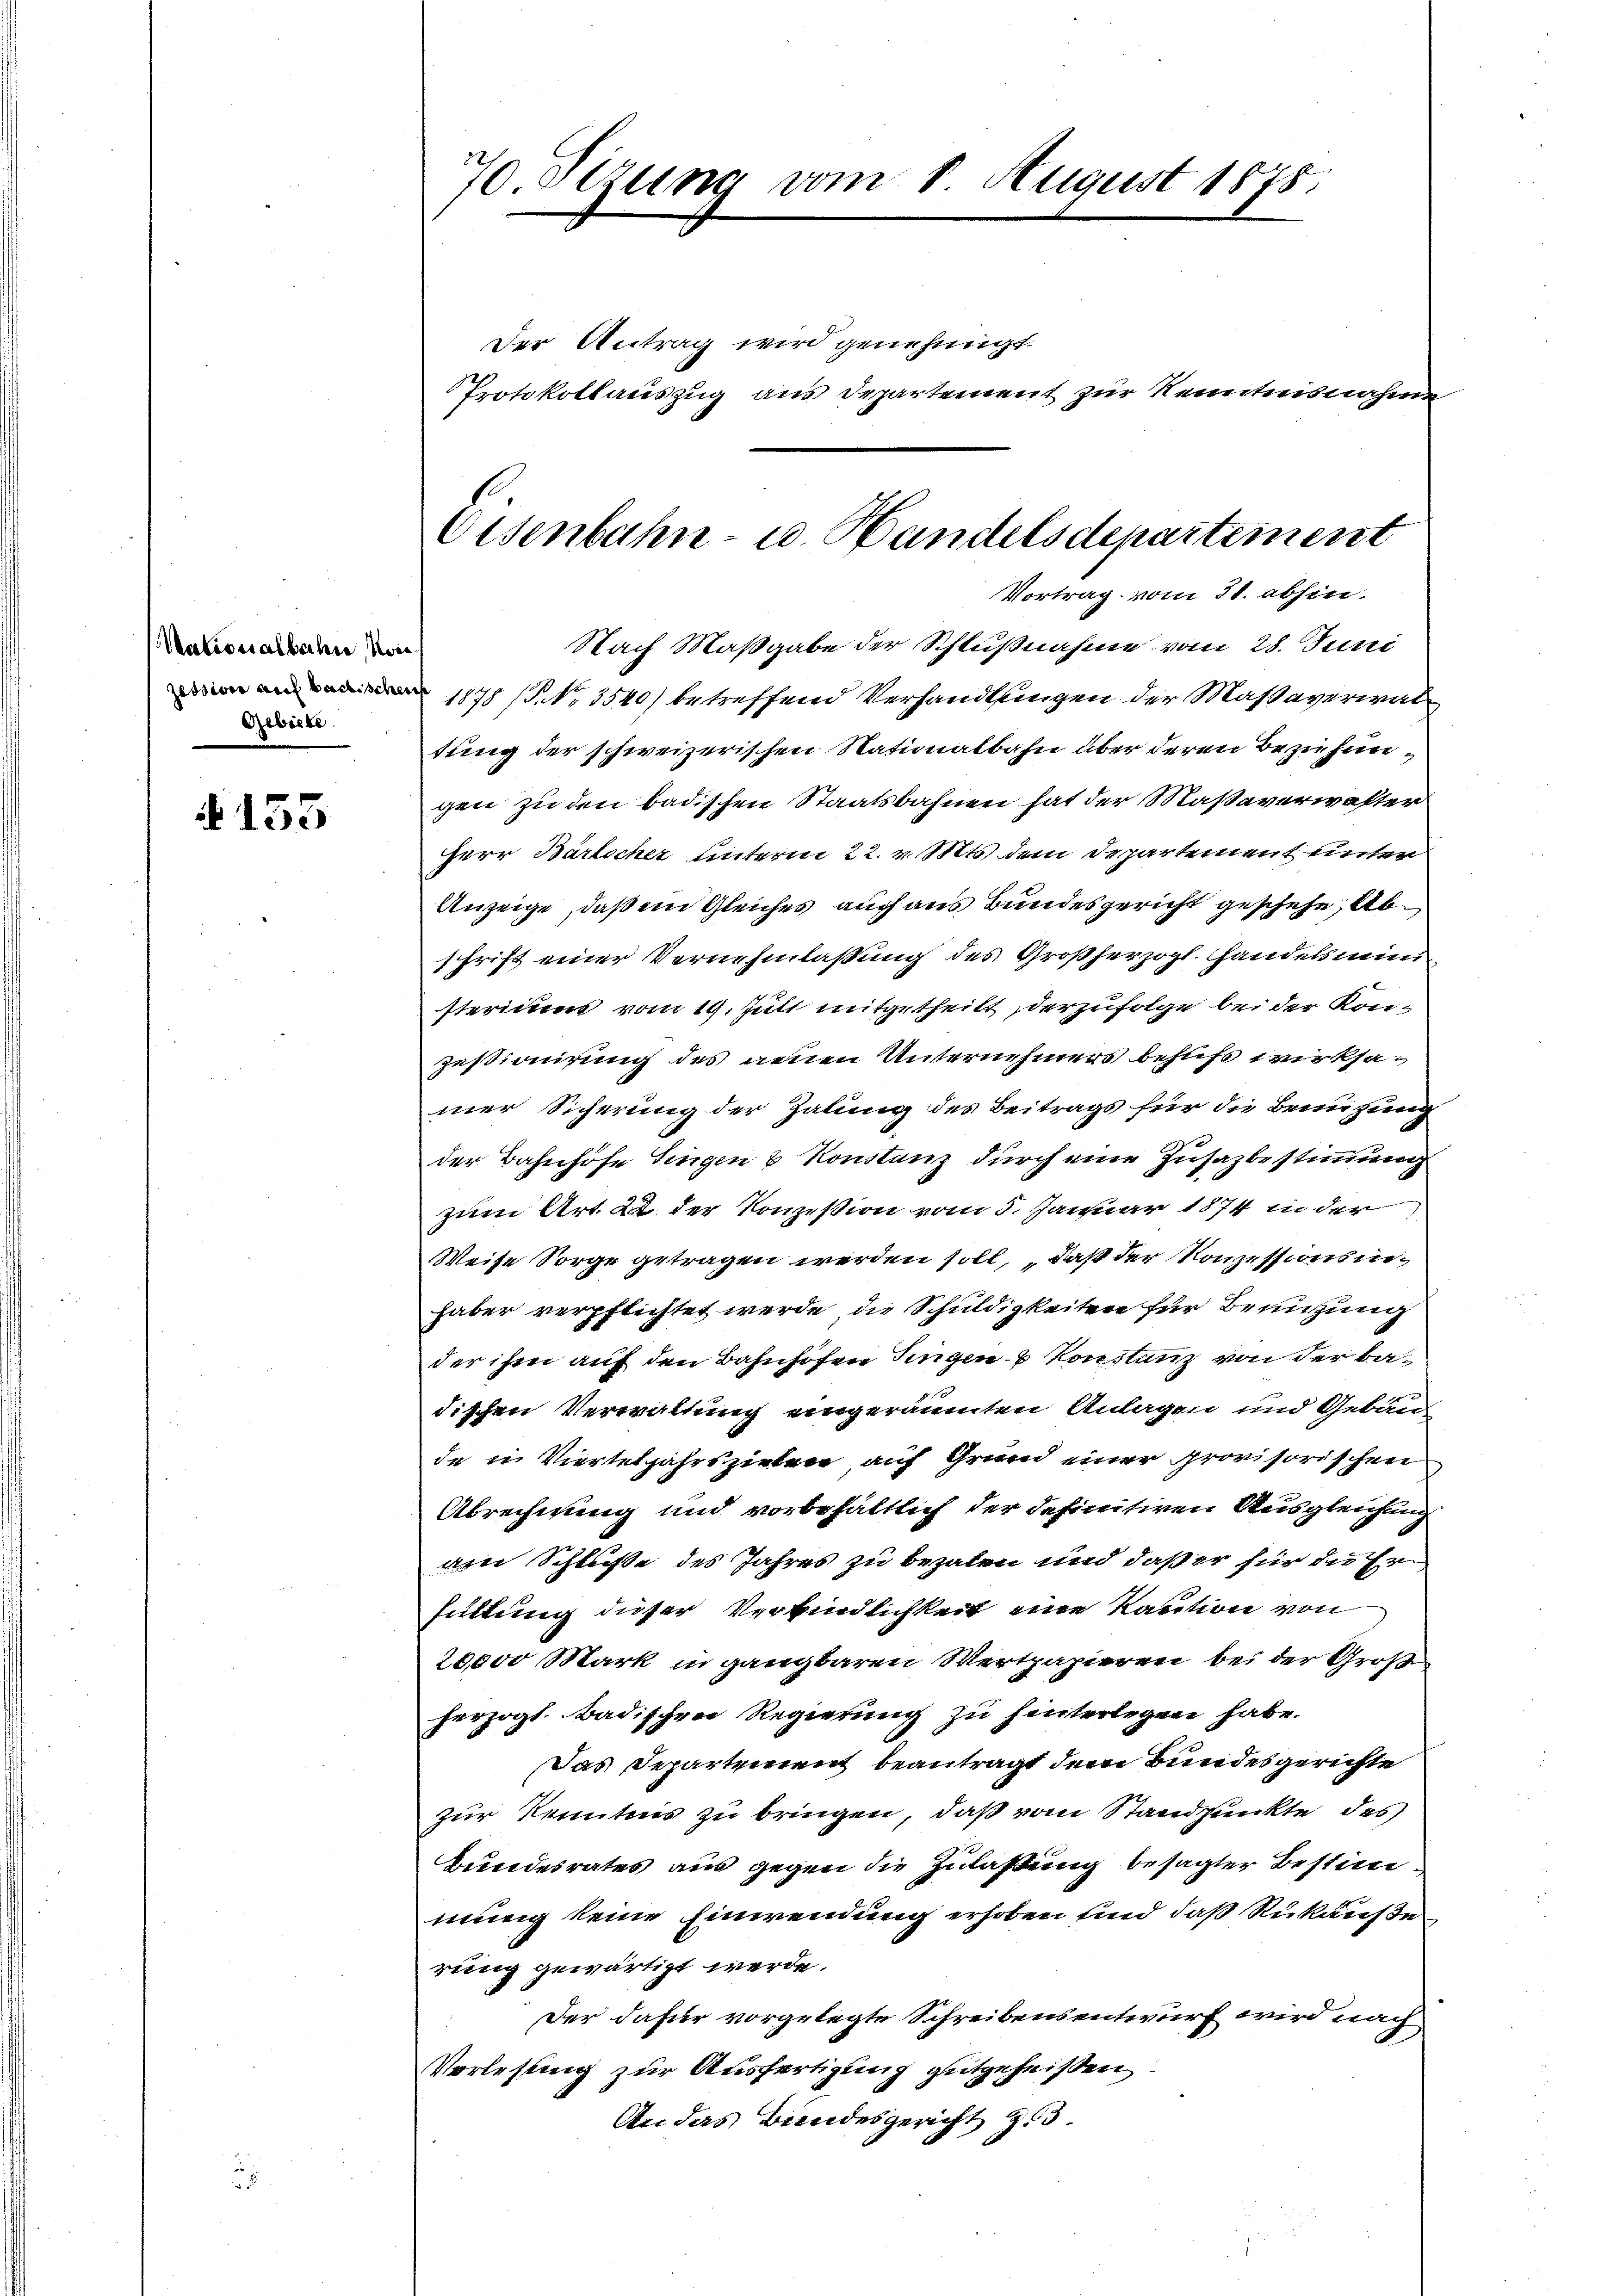
Nationalbahn, von
Gebiete

135

70. Sezung vom 8. August 1875.
Der Antrag wird genehmigt.
Protokollauszug aus Departement zur Kenntnisnahme

Eisenbahn- u. Handelsdepartement
Vortrag vom 31. abhin

Nach Maßgabe der Schlußnahme vom 28. Juni
1878 / NNo. 3540) betreffend Verhandlungen der Maßaverwal
tung der schweizerischen Nationalbahn über deren Beziehungen zu den badischen Staatsbahnen hat der Maßaverwalter
Herr Bärlicher unterm 22. v. Mts. dem Departement unter
Anzeige, daß ein Gleiches auch aus Bundesgericht geschehe, Abschrift einer Vernehmlassung des Großherzogl. Handelsmini
steriums vom 19. Juli mitgetheilt, derzufolge bei der Kon-
zestionirung des neuen Unternehmers behuf wirksamer Sicherung der Zalung des Beitrags für die Benutzung
der Bahnhofe Singen & Konstenz durch eine Zusazbestimmung
zum Art. 22 der Konzession vom 5. Januar 1874 in der
Weise Sorge getragen werden soll, daß der Konzessionsinhaber verpflichtet werde, die Schuldigkeiten für Benutzung
der ihm auf den Bahnhofen Singen Konstanz von der Badischen Verwaltung eingeräumten Anlagen und Gebäu
de in Vierteljahrsziehen, auf Grund einer provisorischen
Abrechnung und vorbehältlich der definitiven Ausgleichung
am Schluße des Jahres zu bezalen und daß er für die Erfüllung dieser Verbindlichkeit eine Kaution von
20,000 Mark in ganzbaren Wertpapieren bei der Großherzogl. Badischen Regierung zu hinterlegen habe.
Das Departement beantragt dem Bundesgerichte
zur Kenntnis zu bringen, daß vom Standpunkte des
Bundesrates aus gegen die Zulaßung besagter Bestimmung keine Einwendung erhoben sind, daß Rukaufe
rung gewärtigt werde.
Der dafür vorgelegte Schreibensentwurf wird nach
Vorlesung zur Ausfertigung gutgeheißen
An das Bundesgericht g